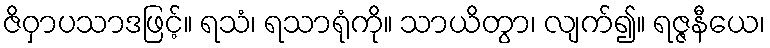
ဇိဝှာပသာဒဖြင့်။ ရသံ၊ ရသာရုံကို။ သာယိတွာ၊ လျက်၍။ ရဇ္ဇနီယေ၊